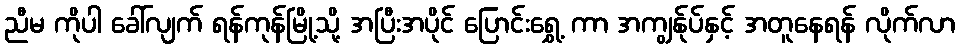
ညီမ ကိုပါ ခေါ်လျက် ရန်ကုန်မြို့သို့ အပြီးအပိုင် ပြောင်းရွှေ့ ကာ အကျွန်ုပ်နှင့် အတူနေရန် လိုက်လာ